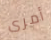
أمرى